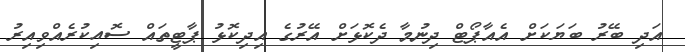
އަދި ބޭރު ބަޔަކަށް އެއާޕޯޓް ދިނުމާ ދެކޮޅަށް އޭރުގެ އިދިކޮޅު ޕާޓީތައް ސޮއިކުރެއްވިއިރު